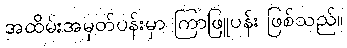
အထိမ်းအမှတ်ပန်းမှာ ကြာဖြူပန်း ဖြစ်သည်။